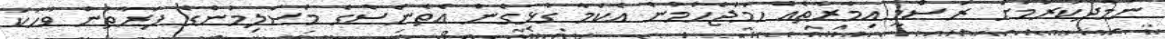
ނަމާދުކުރުމަށް ރަސްމީ އިމާރާތެއް ހަމަޖެހުމުން އެކަމާ ގުޅިގެން އެތެންސްގެ މުސްލިމުންގެ ފަރާތުން ވާހަކަ